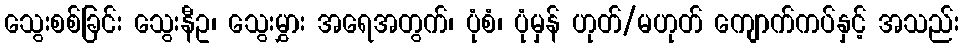
သွေးစစ်ခြင်း သွေးနီဥ၊ သွေးမွှား အရေအတွက်၊ ပုံစံ၊ ပုံမှန် ဟုတ်/မဟုတ် ကျောက်ကပ်နှင့် အသည်း